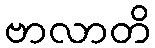
ဗာလာတိ